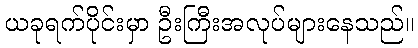
ယခုရက်ပိုင်းမှာ ဦးကြီးအလုပ်များနေသည်။